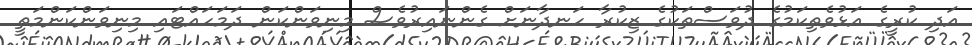
އަދި ކުރީގެ އަޅުވެތިކަމުގެ ދުވަސްތަކުގެ ޒިކުރާ ހަނދާނަށް ގެންނައިރުވެސް މިނިވަންކަން ދަމަހައްޓައި މިނިވަންކަންމަތީ